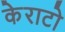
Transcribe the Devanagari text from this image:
केराटो